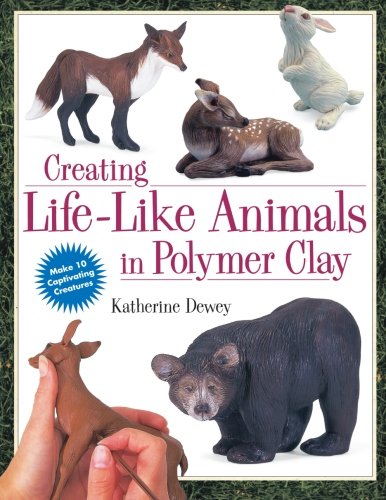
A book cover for Creating Life-Like Animals in Polymer Clay; Katherine Dewey; Crafts, Hobbies & Home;